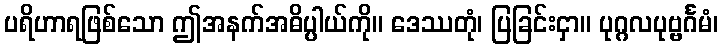
ပရိဟာရဖြစ်သော ဤအနက်အဓိပ္ပါယ်ကို။ ဒေဿတုံ၊ ပြခြင်းငှာ။ ပုဂ္ဂလပုဗ္ဗင်္ဂမံ၊